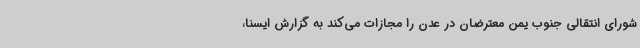
شورای انتقالی جنوب یمن معترضان در عدن را مجازات می‌کند به گزارش ایسنا،